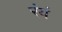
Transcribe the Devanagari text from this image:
रंयं